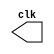
//-------------------------------------
// Clock
// Nome: Felipe Trres
// Matrcula: 412738
//-------------------------------------



module clock(clk);
	output clk;
	reg clk;
	
	initial begin
		clk = 1'b0;
	end
	
	always
		begin
			#5 clk = ~clk;
		end
endmodule //-- clock